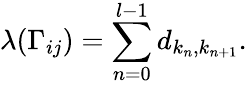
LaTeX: \lambda(\Gamma_{ij})=\sum_{n=0}^{l-1}d_{k_{n},k_{n+1}}.